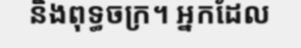
និងពុទ្ធចក្រ។ អ្នកដែល